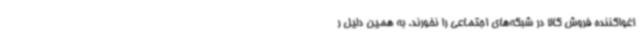
اغواکننده فروش کالا در شبکه‌های اجتماعی را نخورند. به همین دلیل ر